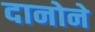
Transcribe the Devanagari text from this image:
दानोने